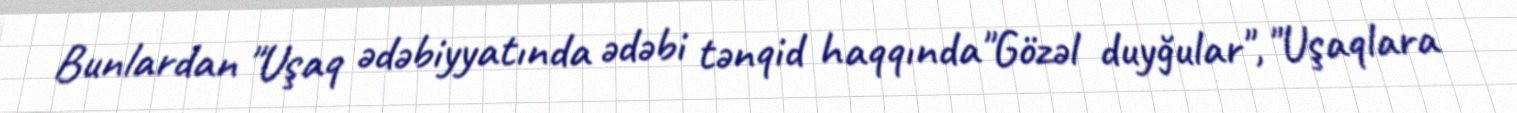
Bunlardan "Uşaq ədəbiyyatında ədəbi tənqid haqqında"Gözəl duyğular", "Uşaqlara